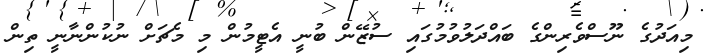
މިއަދުގެ ނޫސްވެރިންގެ ބައްދަލުވުމުގައި ސުޒޭން ބުނީ އެޓީމުން މި މެޗަށް ނުކުންނާނީ ތިން